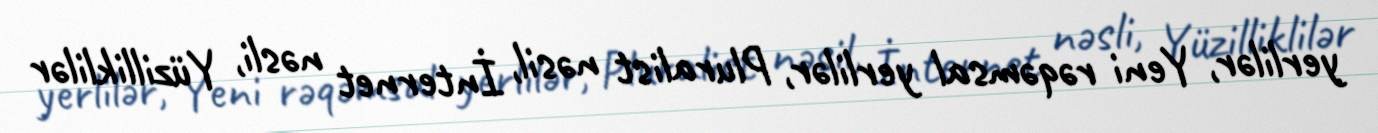
yerlilər, Yeni rəqəmsal yerlilər, Pluralist nəsil, İnternet nəsli, Yüzilliklilər